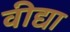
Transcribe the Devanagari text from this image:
वीद्या